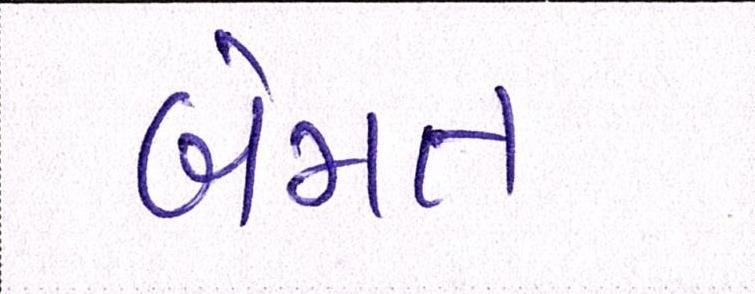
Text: બેમત